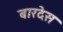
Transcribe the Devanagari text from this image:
बारदेस